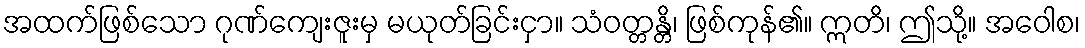
အထက်ဖြစ်သော ဂုဏ်ကျေးဇူးမှ မယုတ်ခြင်းငှာ။ သံဝတ္တန္တိ၊ ဖြစ်ကုန်၏။ ဣတိ၊ ဤသို့။ အဝေါစ၊